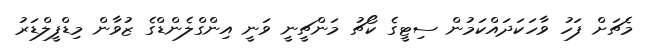
މެޗަށް ފަހު ވާހަކަދައްކަމުން ސިޓީގެ ކޯޗު މަންޗީނީ ވަނީ އިންގްލެންޑްގެ ޒުވާން މިޑްފީލްޑަރު